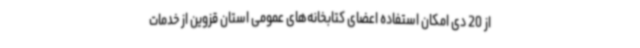
از 20 دی امکان استفاده اعضای کتابخانه‌های عمومی استان قزوین از خدمات